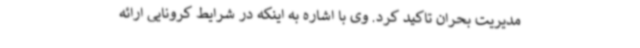
مدیریت بحران تاکید کرد. وی با اشاره به اینکه در شرایط کرونایی ارائه